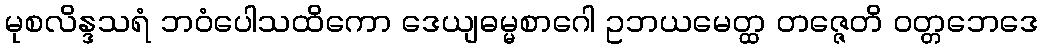
မုစလိန္ဒသရံ ဘဝံပေါသထိကော ဒေယျဓမ္မစာဂေါ ဥဘယမေတ္ထ တဇ္ဇေတိ ဝတ္တဘေဒေ